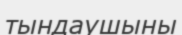
тындаушыны